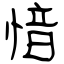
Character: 愔